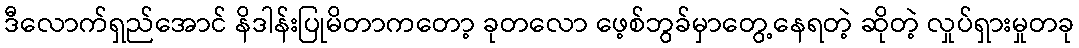
ဒီလောက်ရှည်အောင် နိဒါန်းပြုမိတာကတော့ ခုတလော ဖေ့စ်ဘွခ်မှာတွေ့နေရတဲ့ ဆိုတဲ့ လှုပ်ရှားမှုတခု